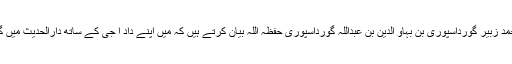
محمد زبیر گورداسپوری بن بہاؤ الدین بن عبداللہ گورداسپوری حفظہ اللہ بیان کرتے ہیں کہ میں اپنے داد ا جی کے ساتھ دارالحدیث میں گیا۔